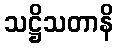
သဋ္ဌိသတာနိ